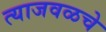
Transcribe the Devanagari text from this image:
त्याजवळचे